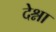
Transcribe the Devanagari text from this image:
देश्ना